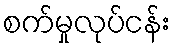
စက်မှုလုပ်ငန်း